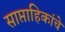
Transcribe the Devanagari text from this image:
साप्ताहिकांचे